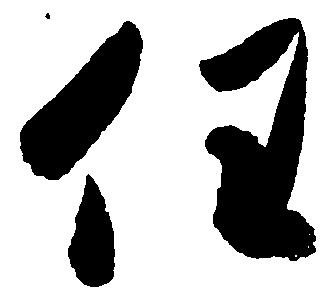
任